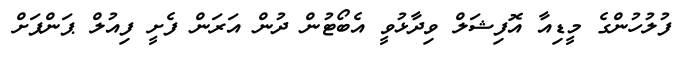
ފުލުހުންގެ މީޑިއާ އޮފިޝަލް ވިދާޅުވީ އެބޯޓުން ދުން އަރަން ފެށީ ފިއުލް ޕަންޕަށް